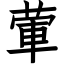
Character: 葷